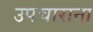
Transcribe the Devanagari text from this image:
उपचाराना